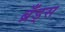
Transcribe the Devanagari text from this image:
ब्रँड्स